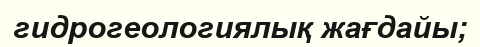
гидрогеологиялық жағдайы;